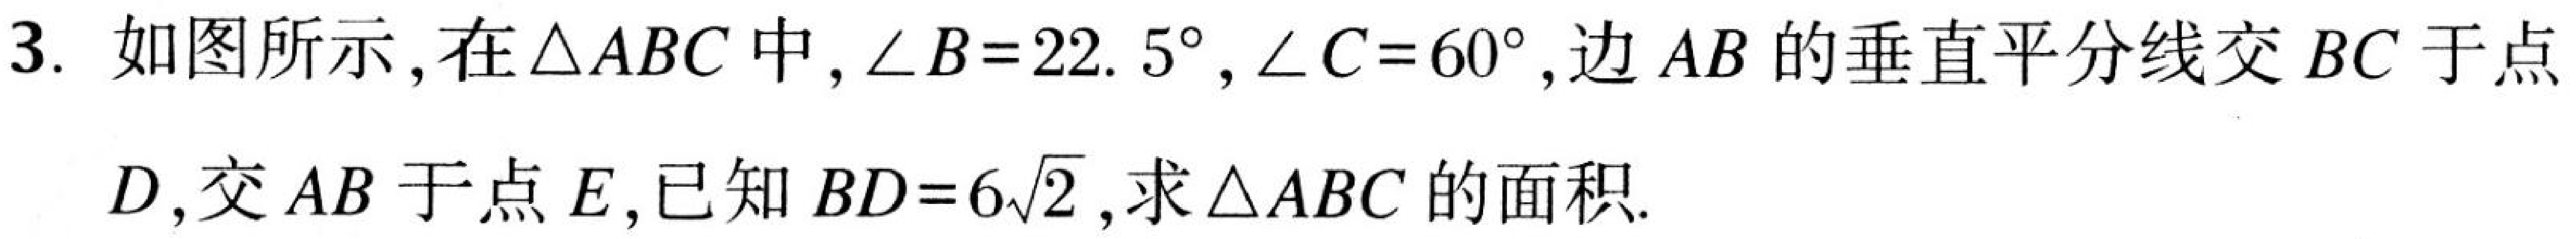
3. 如图所示,在$\triangle ABC$中,$\angle B = 22.5^{\circ},\angle C = 60^{\circ}$,边$AB$的垂直平分线交$BC$于点
$D$,交$AB$于点$E$,已知$BD = 6\sqrt{2}$,求$\triangle ABC$的面积.